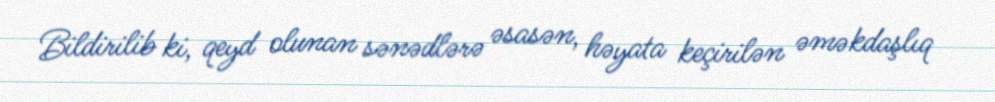
Bildirilib ki, qeyd olunan sənədlərə əsasən, həyata keçirilən əməkdaşlıq